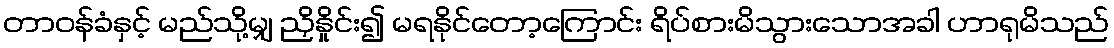
တာဝန်ခံနှင့် မည်သို့မျှ ညှိနှိုင်း၍ မရနိုင်တော့ကြောင်း ရိပ်စားမိသွားသောအခါ ဟာရုမိသည်